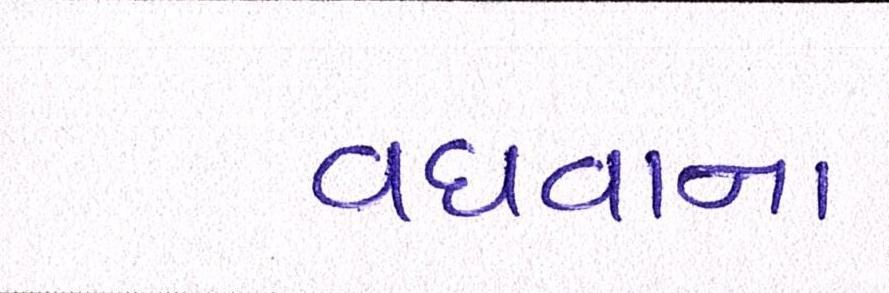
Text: વધવાના